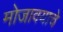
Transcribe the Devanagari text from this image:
मोजावयाचे